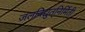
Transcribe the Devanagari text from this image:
जलविद्युत्‌निर्मिती